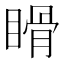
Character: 𥉄